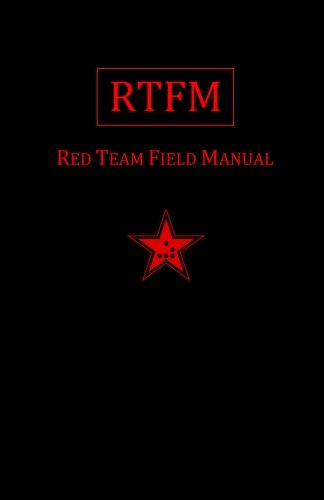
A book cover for Rtfm: Red Team Field Manual; Ben Clark; Computers & Technology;